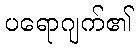
ပရောဂျက်၏